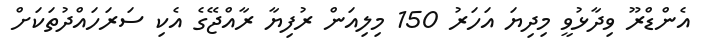
އެންޑްރޫ ވިދާޅުވީ މިދިޔަ އަހަރު 150 މިލިއަން ރުފިޔާ ރާއްޖޭގެ އެކި ސަރަހައްދުތަކަށް